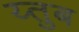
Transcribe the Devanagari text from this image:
य्तुब